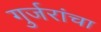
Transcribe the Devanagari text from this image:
गुर्जरांचा